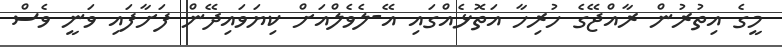
މީގެ އިތުރުން ރާއްޖޭގެ ހުރިހާ އަތޮޅެއްގައި އޭ-ލެވެލްއަށް ކިޔަވައިދޭން ފަށާފައި ވަނީ ވެސް